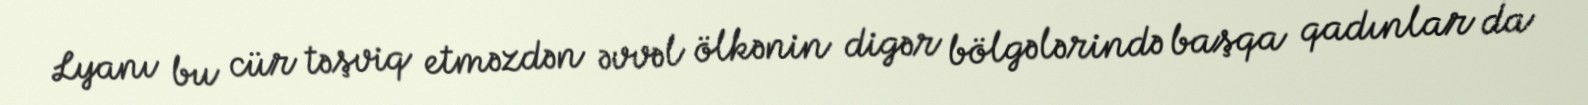
Lyanı bu cür təşviq etməzdən əvvəl ölkənin digər bölgələrində başqa qadınlar da